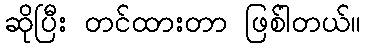
ဆိုပြီး တင်ထားတာ ဖြစ်ါတယ်။